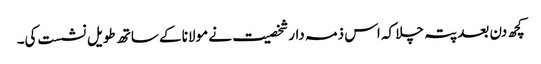
کچھ دن بعد پتہ چلا کہ اس ذمہ دار شخصیت نے مولانا کے ساتھ طویل نشست کی۔